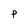
Character: p